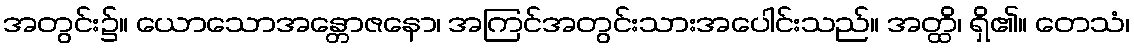
အတွင်း၌။ ယောသောအန္တောဇနော၊ အကြင်အတွင်းသားအပေါင်းသည်။ အတ္ထိ၊ ရှိ၏။ တေသံ၊